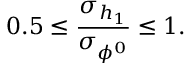
0 . 5 \le { \frac { \sigma _ { h _ { 1 } } } { \sigma _ { \phi ^ { 0 } } } } \le 1 .